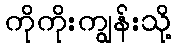
ကိုကိုးကျွန်းသို့